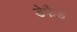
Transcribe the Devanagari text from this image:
डेफैड